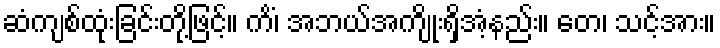
ဆံကျစ်ထုံးခြင်းတို့ဖြင့်။ ကိံ၊ အဘယ်အကျိုးရှိအံ့နည်း။ တေ၊ သင့်အား။